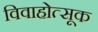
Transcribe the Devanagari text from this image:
विवाहोत्सूक